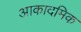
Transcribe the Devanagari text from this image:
आकादमिक